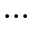
\dots